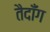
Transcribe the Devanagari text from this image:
तैदॉँग